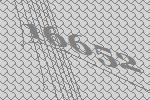
16652